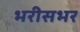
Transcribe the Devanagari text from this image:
भरीसभर